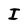
Character: I